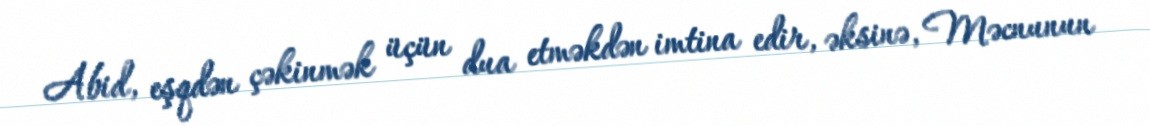
Abid, eşqdən çəkinmək üçün dua etməkdən imtina edir, əksinə, Məcnunun